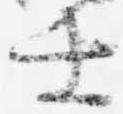
士